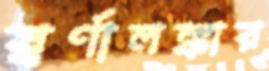
স্বর্ণালঙ্কার